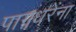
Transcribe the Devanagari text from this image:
पागधरेंना